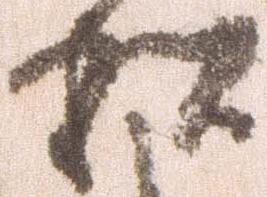
私